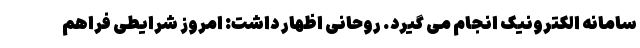
سامانه الکترونیک انجام می گیرد. روحانی اظهار داشت: امروز شرایطی فراهم